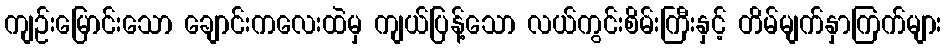
ကျဉ်းမြောင်းသော ချောင်းကလေးထဲမှ ကျယ်ပြန့်သော လယ်ကွင်းစိမ်းကြီးနှင့် တိမ်မျက်နှာကြက်များ